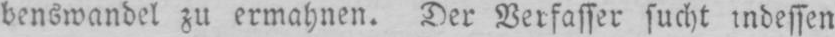
benswandel zu ermahnen. Der Verfasser sucht indessen